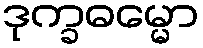
ဒုက္ခဓမ္မော